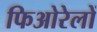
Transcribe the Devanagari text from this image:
फिओरेलों